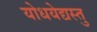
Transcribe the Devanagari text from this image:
योधयेद्यस्तु